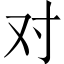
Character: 对